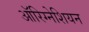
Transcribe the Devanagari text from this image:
ऑरिग्नेशियन